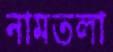
নামতলা